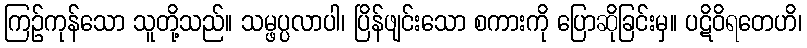
ကြဉ်ကုန်သော သူတို့သည်။ သမ္ဖပ္ပလာပါ၊ ပြိန်ဖျင်းသော စကားကို ပြောဆိုခြင်းမှ။ ပဋိဝိရတေဟိ၊